Annual report of the Bengal Veterinary College and of the Civil Veterinary Department, Bengal, for the year 1909-1910 - 1909-1910
Year: 1909
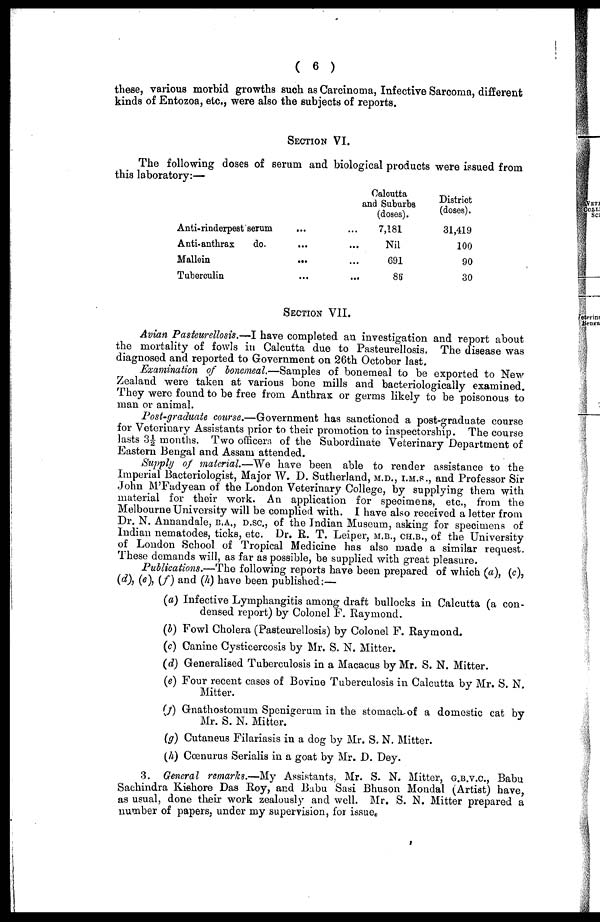
( 6 )
these, various morbid growths such as Carcinoma, Infective Sarcoma, different
kinds of Entozoa, etc., were also the subjects of reports.
SECTION VI.
The following doses of serum and biological products were issued from
this laboratory:—
SECTION VII.
Avian Pasteurellosis.—I have completed an investigation and report about
the mortality of fowls in Calcutta due to Pasteurellosis. The disease was
diagnosed and reported to Government on 26th October last.
Examination of bonemeal.—Samples of bonemeal to be exported to New
Zealand were taken at various bone mills and bacteriologically examined.
They were found to be free from Anthrax or germs likely to be poisonous to
man or animal.
Post-graduate course.—Government has sanctioned a post-graduate course
for Veterinary Assistants prior to their promotion to inspectorship. The course
lasts 3½ months. Two officers of the Subordinate Veterinary Department of
Eastern Bengal and Assam attended.
Supply of material.—We have been able to render assistance to the
Imperial Bacteriologist, Major W. D. Sutherland, M.D., I.M.S., and Professor Sir
John M'Fadyean of the London Veterinary College, by supplying them with
material for their work. An application for specimens, etc., from the
Melbourne University will be complied with. I have also received a letter from
Dr. N. Annandale, B.A., D.SC., of the Indian Museum, asking for specimens of
Indian nematodes, ticks, etc. Dr. R. T. Leiper, M.B., CH.B., of the University
of London School of Tropical Medicine has also made a similar request.
These demands will, as far as possible, be supplied with great pleasure.
Publications.—The following reports have been prepared of which (a), (c),
(d), (e), (f) and (h) have been published:—
(a) Infective Lymphangitis among draft bullocks in Calcutta (a con-
densed report) by Colonel F. Raymond.
(b) Fowl Cholera (Pasteurellosis) by Colonel F. Raymond.
(c) Canine Cysticercosis by Mr. S. N. Mitter.
(d) Generalised Tuberculosis in a Macacus by Mr. S. N. Mitter.
(e) Four recent cases of Bovine Tuberculosis in Calcutta by Mr. S. N.
Mitter.
(f) Gnathostomum Spenigerum in the stomach of a domestic cat by
Mr. S. N. Mitter.
(g) Cutaneus Filariasis in a dog by Mr. S. N. Mitter.
(h) Cœnurus Serialis in a goat by Mr. D. Dey.
3. General remarks.—My Assistants, Mr. S. N. Mitter, G.B.V.C., Babu
Sachindra Kishore Das Roy, and Babu Sasi Bhuson Mondal (Artist) have,
as usual, done their work zealously and well. Mr. S. N. Mitter prepared a
number of papers, under my supervision, for issue.
Anti-rinderpest serum
Anti-anthrax
do.
Mallein
Tuberculin
...
...
...
...
...
...
...
...
Calcutta
and Suburbs
(doses).
7,181
Nil
691
85
District
(doses).
31,419
100
90
30